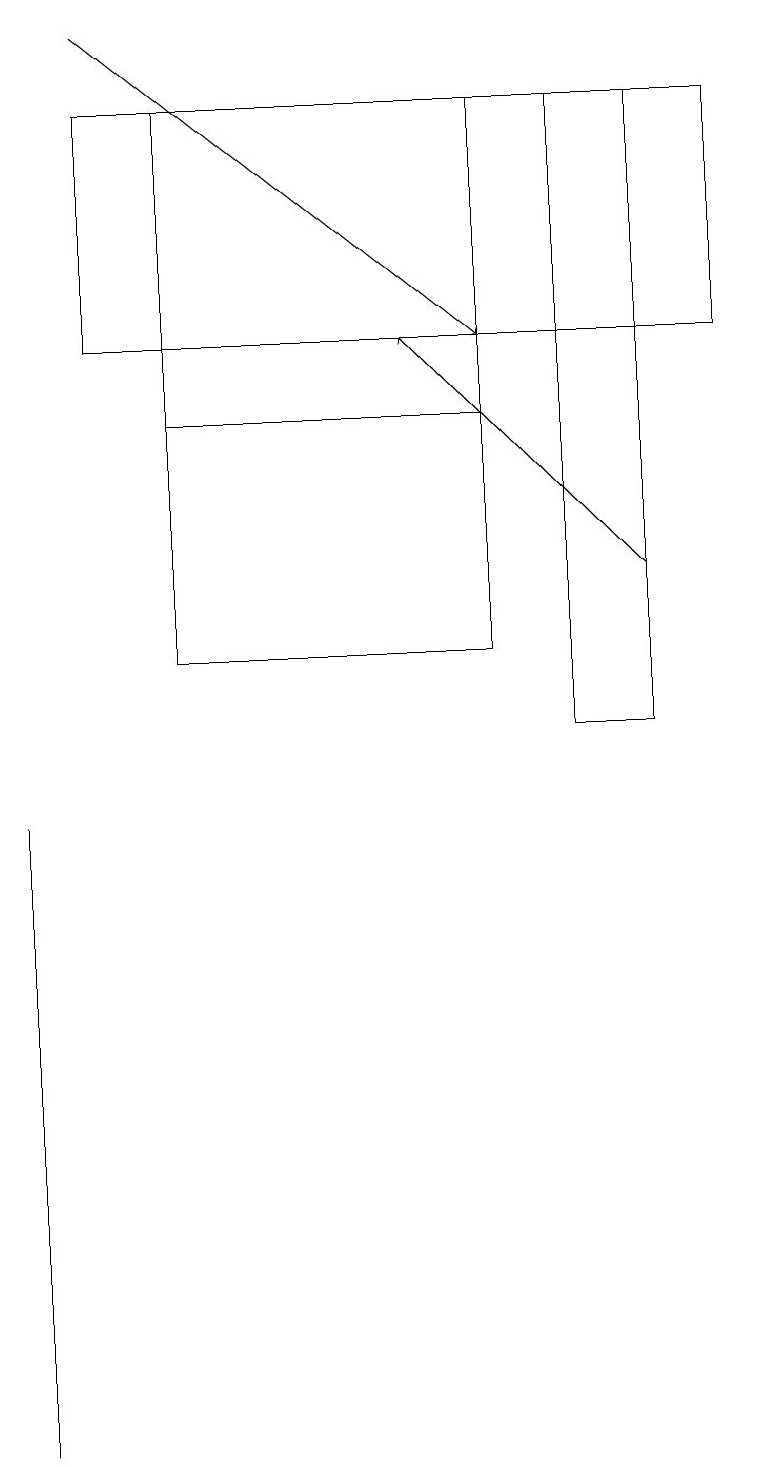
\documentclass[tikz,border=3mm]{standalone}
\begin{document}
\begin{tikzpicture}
\draw (2,14) rectangle (6,18);
\draw[->] (8,12) -- (5,15);
\draw (2,11) rectangle (6,15);
\draw[->] (1,19) -- (6,15);
\draw (0,9) -- (0,1) -- (0,4) -- cycle;
\draw (7,18) rectangle (8,10);
\draw (9,15) rectangle (1,18);
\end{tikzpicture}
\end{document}